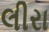
લીરા